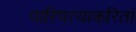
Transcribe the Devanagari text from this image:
पारिपत्याकरितां